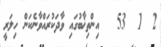
2  1  53   އިންތިޚާބުގައި ވާދަކުރައްވާނެކަން ހިލަރީ